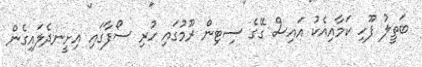
ބަތީލު ފޫހި ކަމާއިއެކު އައިސް ގޭގެ ސިޓިން ރޫމުގައި ހުރި ސޯފާގައި އިށީނދެލައިގެން